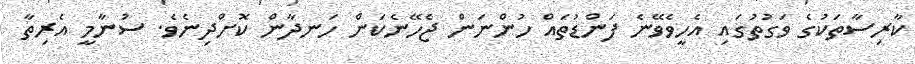
ކާރިސާތަކުގެ ވަގުތުގައި އެހީވެވޭނެ ފަންޑުތައް ހުންނަން ޖެހޭނެކަން ހަނދާން ކޮށްދިނެވެ. ސުނާމީ އެރިތާ